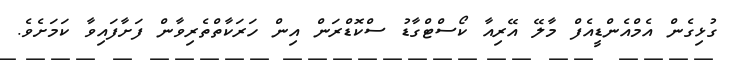
ގުޅިގެން އެމްއެންޑީއެފް މާލޭ އޭރިއާ ކޯސްޓްގާޑު ސްކޮޑްރަން އިން ހަރަކާތްތެރިވާން ފަށާފައިވާ ކަމަށެވެ.